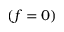
( f = 0 )